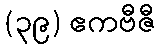
(၃၉) ဧကဗီဇီ